Annual report of the Punjab Veterinary College and of the Civil Veterinary Department, Punjab - 1926-1932
Year: 1926
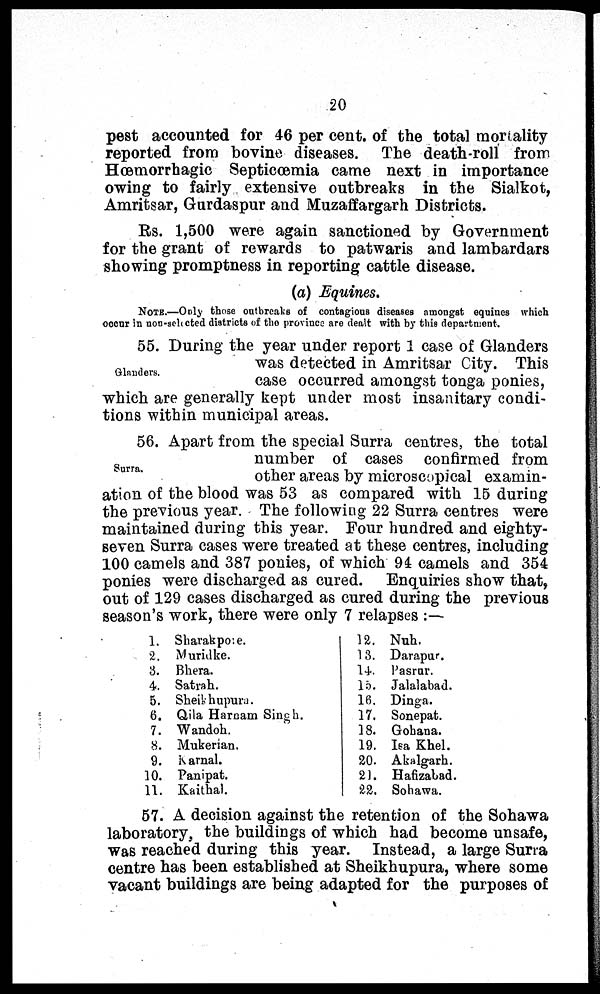
20
pest accounted for 46 per cent. of the total mortality
reported from bovine diseases. The death-roll from
Hœmorrhagic Septicœmia came next in importance
owing to fairly extensive outbreaks in the Sialkot,
Amritsar, Gurdaspur and Muzaffargarh Districts.
Rs. 1,500 were again sanctioned by Government
for the grant of rewards to patwaris and lambardars
showing promptness in reporting cattle disease.
(a) Equines.
NOTE.—Only those outbreaks of contagious diseases amongst equines which
occur in non-selected districts of the province are dealt with by this department.
Glanders.
55. During the year under report 1 case of Glanders
was detected in Amritsar City. This
case occurred amongst tonga ponies,
which are generally kept under most insanitary condi-
tions within municipal areas.
Surra.
56. Apart from the special Surra centres, the total
number of cases confirmed from
other areas by microscopical examin-
ation of the blood was 53 as compared with 15 during
the previous year. The following 22 Surra centres were
maintained during this year. Four hundred and eighty-
seven Surra cases were treated at these centres, including
100 camels and 387 ponies, of which 94 camels and 354
ponies were discharged as cured. Enquiries show that,
out of 129 cases discharged as cured during the previous
season's work, there were only 7 relapses:—
1. Sharakpore.
2. Muridke.
3. Bhera.
4. Satrah.
5. Sheik hupura.
6. Qila Harnam Singh.
7. Wandoh.
8. Mukerian.
9. Karnal.
10. Panipat.
11. Kaithal.
12. Nuh.
13. Darapur.
14. Pasrur.
15. Jalalabad.
16. Dinga.
17. Sonepat.
18. Gohana.
19. Isa Khel.
20. Akalgarh.
21. Hafizabad.
22. Sohawa.
57. A decision against the retention of the Sohawa
laboratory, the buildings of which had become unsafe,
was reached during this year. Instead, a large Surra
centre has been established at Sheikhupura, where some
vacant buildings are being adapted for the purposes of